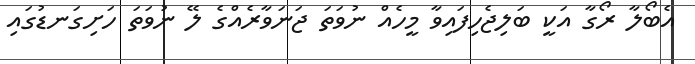
އެބޯލާ ރޯގާ އަކީ ބަލިޖެހިފައިވާ މީހެއް ނުވަތަ ޖަނަވާރެއްގެ ލޭ ނުވަތަ ހަށިގަނޑުގައި